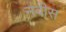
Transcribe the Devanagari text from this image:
नवीस